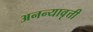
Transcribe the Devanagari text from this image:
अनन्यावृत्ती